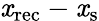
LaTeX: \mathit{x}_{\mathrm{{{rec}}}}-\mathit{x}_{\mathrm{{{s}}}}